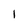
Character: 1